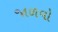
જાળવો